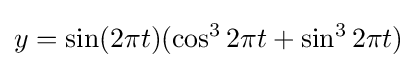
y=\sin(2\pi t)(\cos ^{3}2\pi t+\sin ^{3}2\pi t)